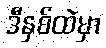
ဒီနှစ်ထဲမှာ